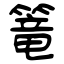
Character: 篭